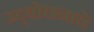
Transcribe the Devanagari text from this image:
उद्‌बोधनाचे